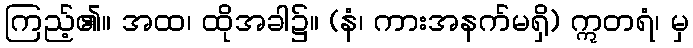
ကြည့်၏။ အထ၊ ထိုအခါ၌။ (နံ၊ ကားအနက်မရှိ) ဣတရံ၊ မှ